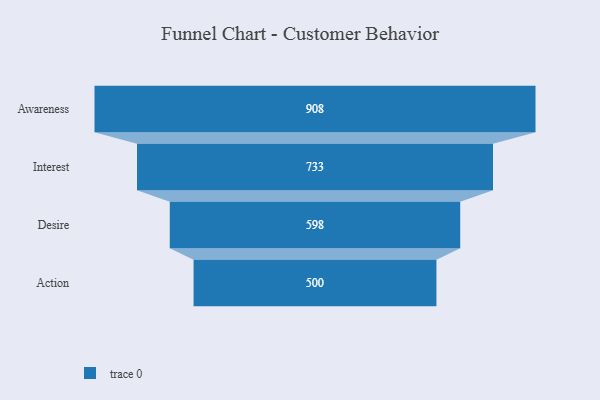
{"axis": {"x": "Stage", "y": "Value"}, "legend": [""], "data": [{"x": "Awareness", "y": 908.0, "type": ""}, {"x": "Interest", "y": 733.0, "type": ""}, {"x": "Desire", "y": 598.0, "type": ""}, {"x": "Action", "y": 500, "type": ""}]}